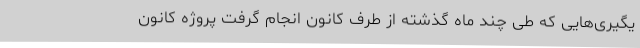
یگیری‌هایی که طی چند ماه گذشته از طرف کانون انجام گرفت پروژه کانون